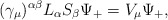
\begin{align*}(\gamma_\mu)^{\alpha\beta}L_\alpha S_\beta\Psi_+=V_\mu\Psi_+,\end{align*}